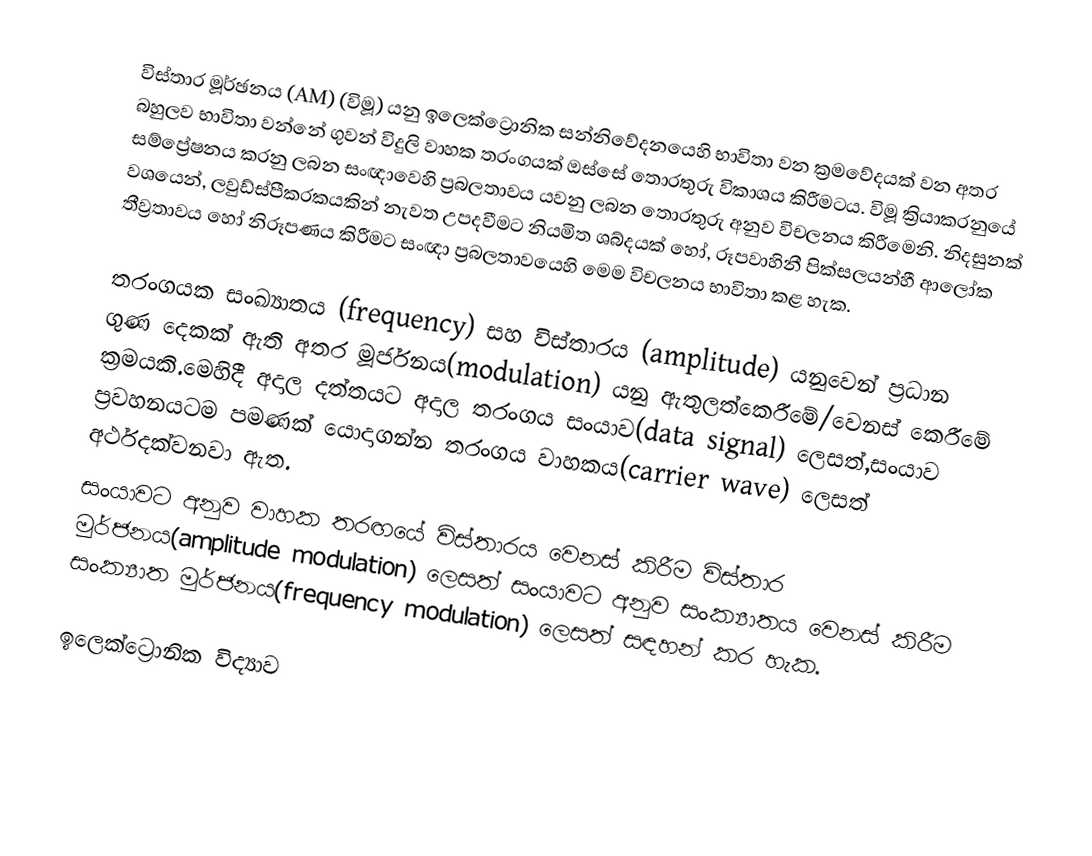
විස්තාර මූර්ඡනය (AM) (විමූ) යනු ඉලෙක්ට්‍රොනික සන්නිවේදනයෙහි භාවිතා වන ක්‍රමවේදයක් වන අතර බහුලව භාවිතා වන්නේ  ගුවන් විදුලි වාහක තරංගයක් ඔස්සේ තොරතුරු විකාශය කිරීමටය. විමූ ක්‍රියාකරනුයේ සම්ප්‍රේෂනය කරනු ලබන සංඥාවෙහි ප්‍රබලතාවය යවනු ලබන තොරතුරු අනුව විචලනය කිරීමෙනි. නිදසුනක් වශයෙන්, ලවුඩ්ස්පීකරකයකින් නැවත උපදවීමට නියමිත ශබ්දයක් හෝ, රූපවාහිනී පික්සලයන්හී ආලෝක තීව්‍රතාවය හෝ  නිරූපණය කිරීමට සංඥා ප්‍රබලතාවයෙහි මෙම විචලනය භාවිතා කළ හැක.

තරංගයක සංඛ්‍යාතය (frequency) සහ විස්තාරය (amplitude) යනුවෙන් ප්‍රධාන ගුණ දෙකක් ඇති අතර මූර්ජනය(modulation) යනු ඇතුලත්කෙරීමේ/වෙනස් කෙරීමේ ක්‍රමයකි.මෙහිදී අදාල දත්තයට අදාල තරංගය සංයාව(data signal) ලෙසත්,සංයාව ප්‍රවහනයටම පමණක් යොදාගන්න තරංගය වාහකය(carrier wave) ලෙසත්  අර්ථදක්වනවා ඇත.
සංයාවට අනුව වාහක තරඟයේ විස්තාරය වෙනස් කිරීම විස්තාර මුර්ජනය(amplitude modulation) ලෙසත් සංයාවට අනුව සංක්‍යාතය වෙනස් කිරීම සංක්‍යාත මුර්ජනය(frequency modulation) ලෙසත් සඳහන් කර හැක.

ඉලෙක්ට්‍රොනික විද්‍යාව